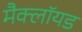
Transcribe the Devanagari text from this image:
मैक्लॉयड